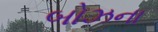
બોઝના